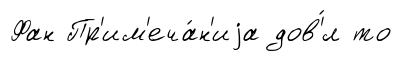
Фан Пр'им'еча́н'иjа дов'́л то